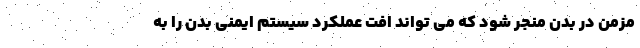
مزمن در بدن منجر شود که می تواند افت عملکرد سیستم ایمنی بدن را به